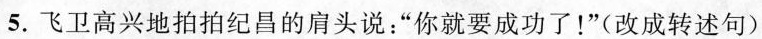
5.飞卫高兴地拍拍纪昌的肩头说：”你就要成功了！”(改成转述句)